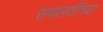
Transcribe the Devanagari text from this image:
सवलतींच्या